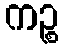
ကဉ္စ